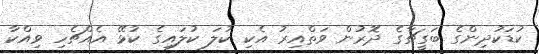
ކުޑަކުދިންގެ ބަގީޗާގެ ދޮރުން ވަތްއިރު އެކި ކުލަ ކުލައިގެ ކުޅޭ އެއްޗެހި ވިއްކާ